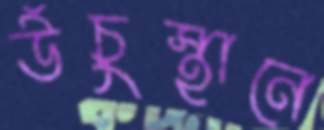
উঁচুস্থানে